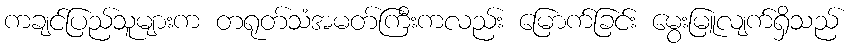
ကချင်ပြည်သူများက တရုတ်သံအမတ်ကြီးကလည်း မြောက်ခြင်း မွေးမြူလျက်ရှိသည်